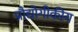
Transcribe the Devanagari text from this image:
प्रौद्योगीकीय